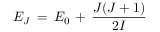
E _ { J } \, = \, E _ { 0 } \, + \, \frac { J ( J + 1 ) } { 2 \cal { I } }